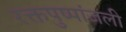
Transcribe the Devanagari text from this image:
रक्तपुष्पांजली